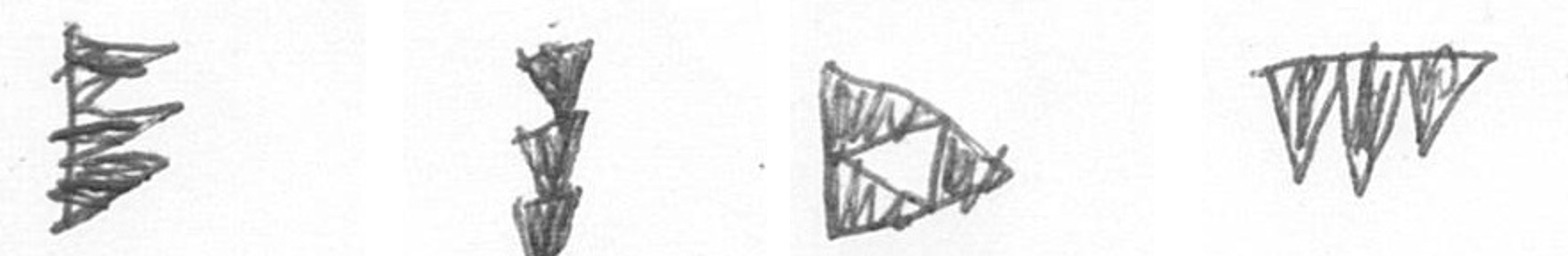
H E K L